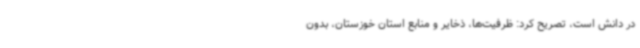
در دانش است، تصریح کرد: ظرفیت‌ها، ذخایر و منابع استان خوزستان، بدون